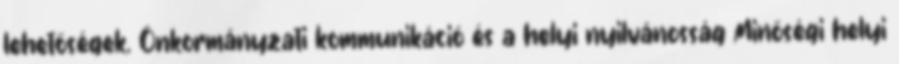
lehetőségek. Önkormányzati kommunikáció és a helyi nyilvánosság Minőségi helyi